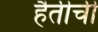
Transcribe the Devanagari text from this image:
हैतीची